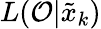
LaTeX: L(\mathcal{O}|\tilde{x}_{k})